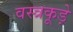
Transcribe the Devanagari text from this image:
वस्त्रकूड़े